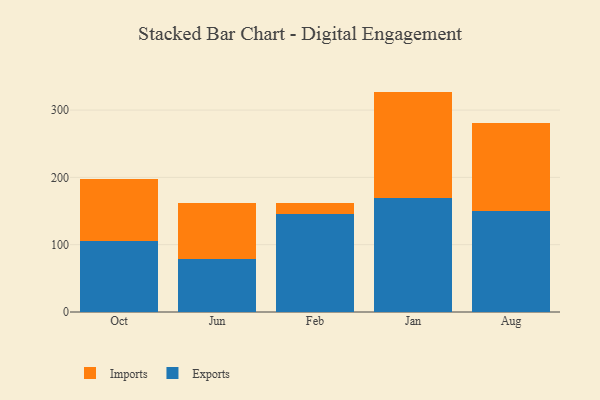
{"axis": {"x": "Month", "y": "Satisfaction Score"}, "legend": ["Exports", "Imports"], "data": [{"x": "Oct", "y": 105.7, "type": "Exports"}, {"x": "Oct", "y": 92.0, "type": "Imports"}, {"x": "Jun", "y": 79.2, "type": "Exports"}, {"x": "Jun", "y": 82.2, "type": "Imports"}, {"x": "Feb", "y": 146.3, "type": "Exports"}, {"x": "Feb", "y": 15.2, "type": "Imports"}, {"x": "Jan", "y": 169.1, "type": "Exports"}, {"x": "Jan", "y": 158.3, "type": "Imports"}, {"x": "Aug", "y": 150.3, "type": "Exports"}, {"x": "Aug", "y": 129.8, "type": "Imports"}]}